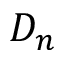
D _ { n }